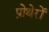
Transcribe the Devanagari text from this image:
प्रोथेरों